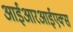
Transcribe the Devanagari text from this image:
आईआरआईएक्स